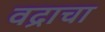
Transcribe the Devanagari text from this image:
वद्राचा